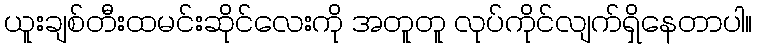
ယူးချစ်တီးထမင်းဆိုင်လေးကို အတူတူ လုပ်ကိုင်လျက်ရှိနေတာပါ။